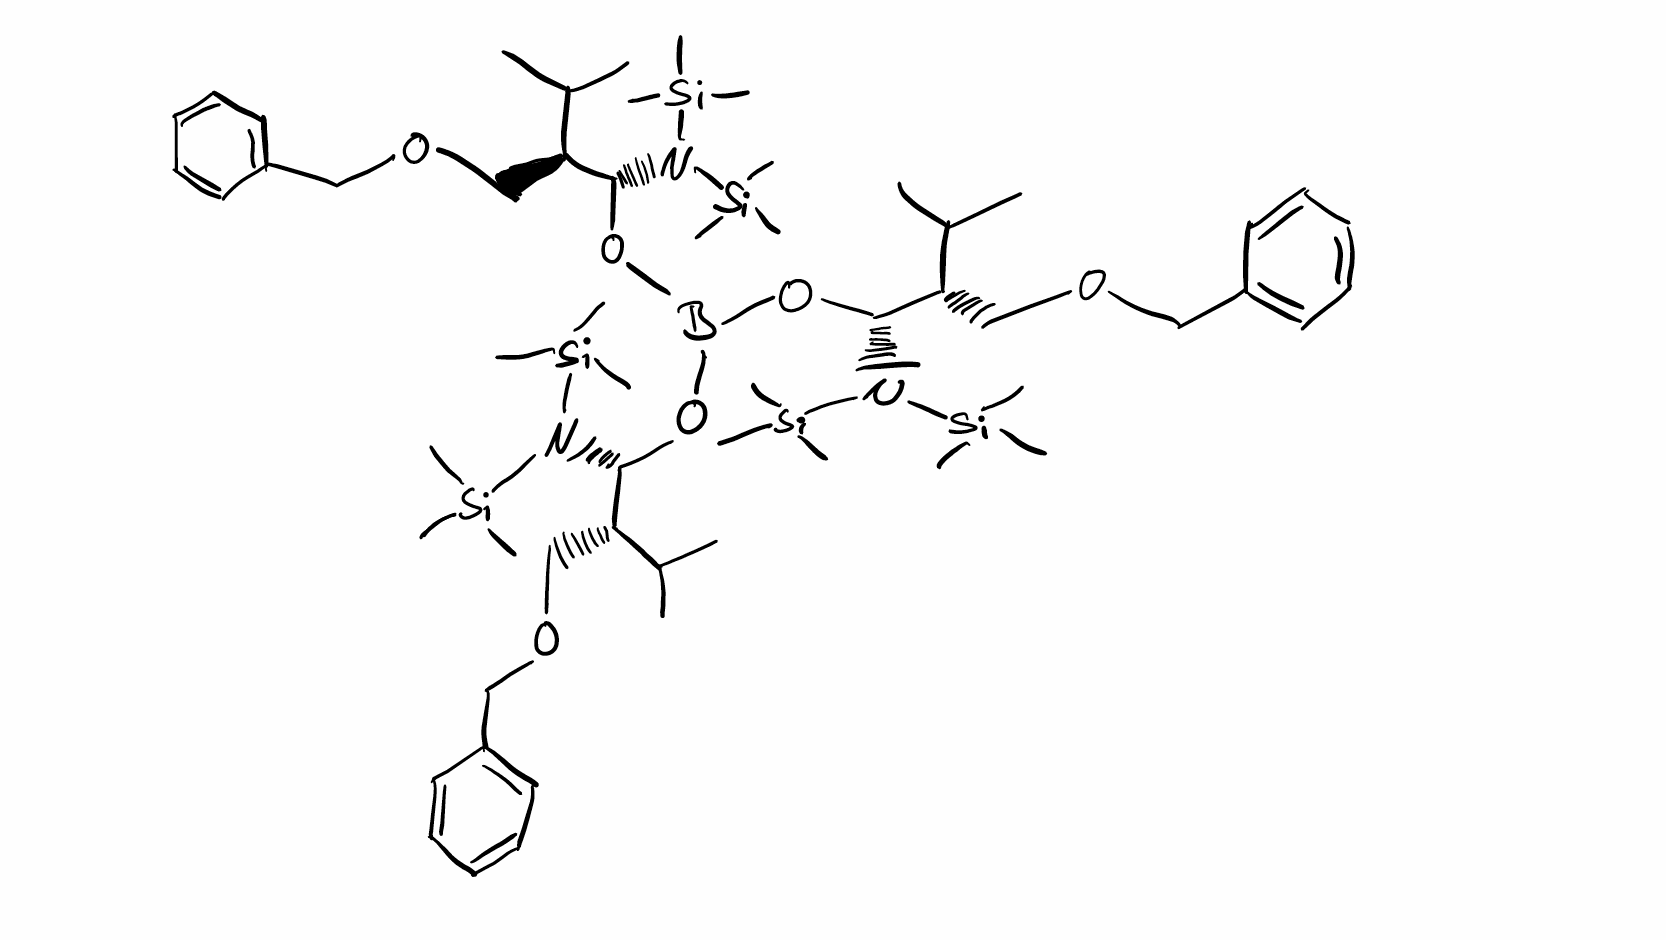
Simplified molecular-input line-entry system (SMILES) notation of the given molecule:
B(O[C@H]([C@@H](COCC1=CC=CC=C1)C(C)C)N([Si](C)(C)C)[Si](C)(C)C)(O[C@H]([C@@H](COCC2=CC=CC=C2)C(C)C)N([Si](C)(C)C)[Si](C)(C)C)O[C@H]([C@@H](COCC3=CC=CC=C3)C(C)C)N([Si](C)(C)C)[Si](C)(C)C